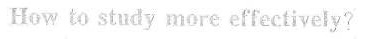
How to study more effectively？